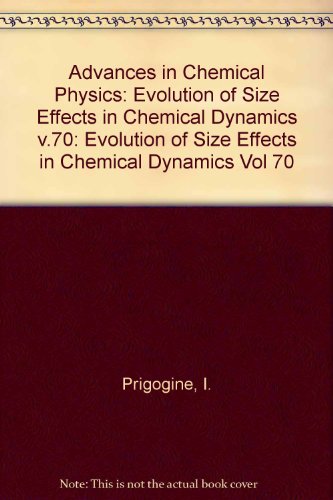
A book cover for Evolution of Size Effects in Chemical Dynamics, Advances in Chemical Physics (Volume 70); I. Prigogine; Science & Math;